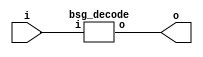
// This program was cloned from: https://github.com/chipsalliance/UHDM-integration-tests
// License: Apache License 2.0



module top
(
  i,
  o
);

  input [3:0] i;
  output [15:0] o;

  bsg_decode
  wrapper
  (
    .i(i),
    .o(o)
  );


endmodule



module bsg_decode
(
  i,
  o
);

  input [3:0] i;
  output [15:0] o;
  wire [15:0] o;
  assign o = { 1'b0, 1'b0, 1'b0, 1'b0, 1'b0, 1'b0, 1'b0, 1'b0, 1'b0, 1'b0, 1'b0, 1'b0, 1'b0, 1'b0, 1'b0, 1'b1 } << i;

endmodule